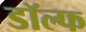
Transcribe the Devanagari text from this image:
डॉल्फ